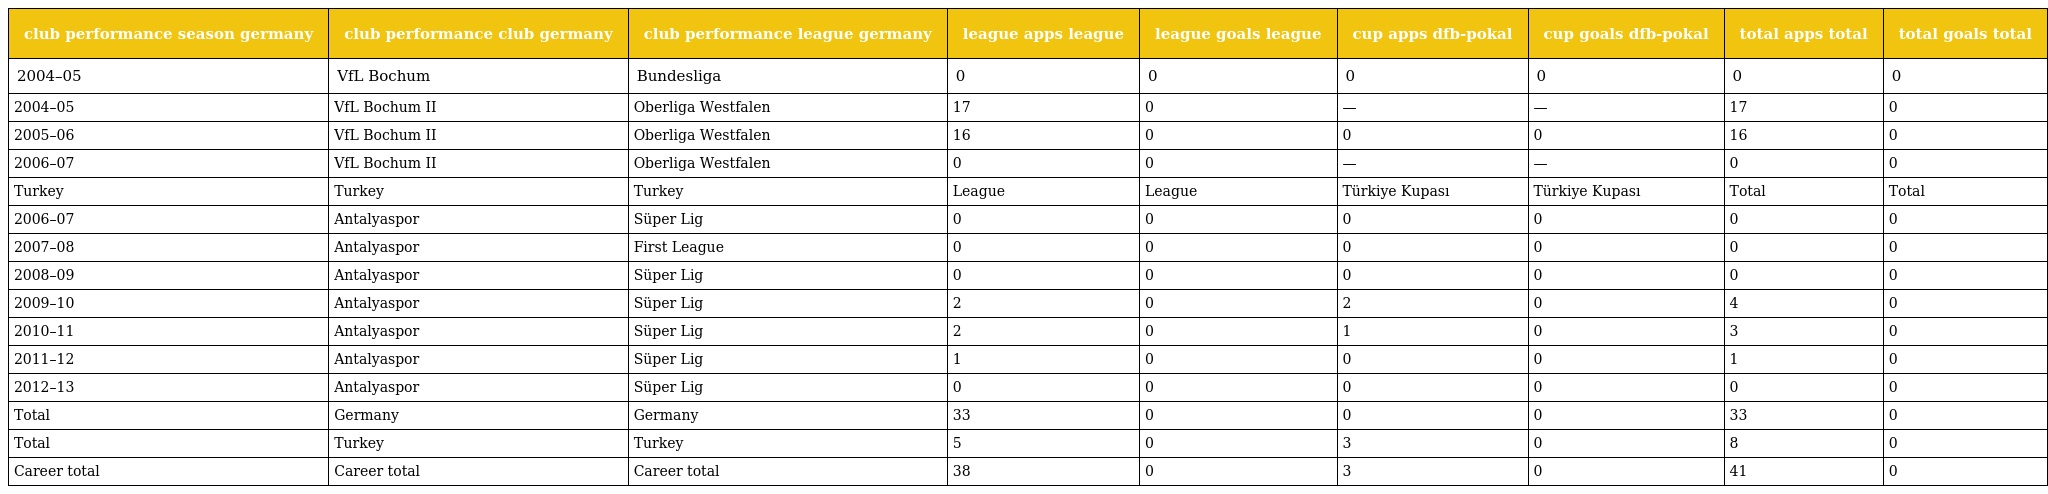
| club performance season germany | club performance club germany | club performance league germany | league apps league | league goals league | cup apps dfb-pokal | cup goals dfb-pokal | total apps total | total goals total |
 | --- | --- | --- | --- | --- | --- | --- | --- | --- |
 | 2004–05 | VfL Bochum | Bundesliga | 0 | 0 | 0 | 0 | 0 | 0 |
 | 2004–05 | VfL Bochum II | Oberliga Westfalen | 17 | 0 | — | — | 17 | 0 |
 | 2005–06 | VfL Bochum II | Oberliga Westfalen | 16 | 0 | 0 | 0 | 16 | 0 |
 | 2006–07 | VfL Bochum II | Oberliga Westfalen | 0 | 0 | — | — | 0 | 0 |
 | Turkey | Turkey | Turkey | League | League | Türkiye Kupası | Türkiye Kupası | Total | Total |
 | 2006–07 | Antalyaspor | Süper Lig | 0 | 0 | 0 | 0 | 0 | 0 |
 | 2007–08 | Antalyaspor | First League | 0 | 0 | 0 | 0 | 0 | 0 |
 | 2008–09 | Antalyaspor | Süper Lig | 0 | 0 | 0 | 0 | 0 | 0 |
 | 2009–10 | Antalyaspor | Süper Lig | 2 | 0 | 2 | 0 | 4 | 0 |
 | 2010–11 | Antalyaspor | Süper Lig | 2 | 0 | 1 | 0 | 3 | 0 |
 | 2011–12 | Antalyaspor | Süper Lig | 1 | 0 | 0 | 0 | 1 | 0 |
 | 2012–13 | Antalyaspor | Süper Lig | 0 | 0 | 0 | 0 | 0 | 0 |
 | Total | Germany | Germany | 33 | 0 | 0 | 0 | 33 | 0 |
 | Total | Turkey | Turkey | 5 | 0 | 3 | 0 | 8 | 0 |
 | Career total | Career total | Career total | 38 | 0 | 3 | 0 | 41 | 0 |